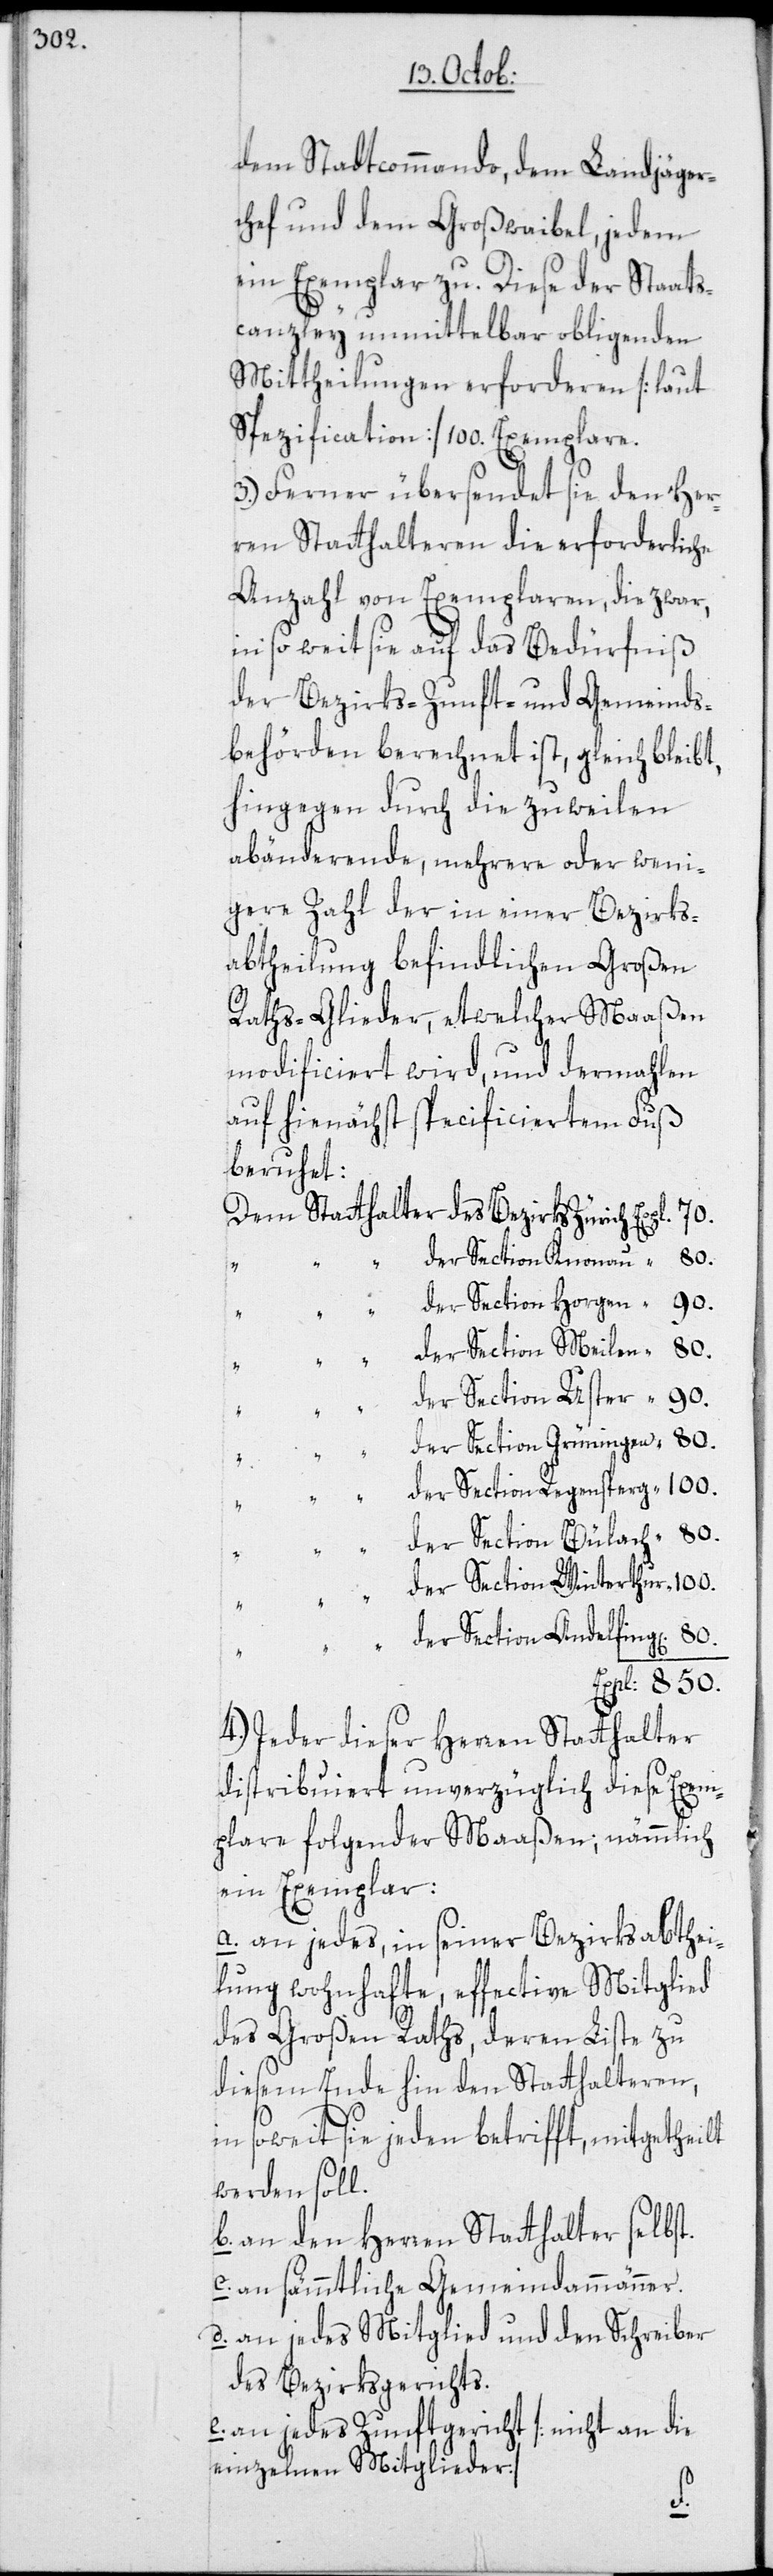
dem Stadtcommando, dem Landjäger¬
chef und dem Großwaibel, jedem
ein Exemplar zu. Diese der Staats¬
canzley unmittelbar obligenden
Mittheilungen erforderen [laut
Spezification] 100. Exemplare.
3.) Ferner übersendet sie den Her¬
ren Statthalteren die erforderliche
Anzahl von Exemplaren, die zwar,
in so weit sie auf das Bedürfniß
der Bezirks-[,] Zunft- und Gemeinds¬
behörden berechnet ist, gleich bleibt,
hingegen durch die zuweilen
abänderende, mehrere oder weni¬
gere Zahl der in einer Bezirks¬
abtheilung befindlichen Großen
Raths-Glieder, etwelcher Maaßen
modificiert wird, und dermahlen
auf hienächst specificiertem Fuß
beruhet:
der Section Knonau
der Section Horgen
“
der Section Meilen
der Section Uster
der Section Grüningen
der Section Regensperg
der Section Bülach
der Section Winterthur
der Section Andelfing[en]
4.) Jeder dieser Herren Statthalter
distribuiert unverzüglich diese Exem¬
plare folgender Maaßen; nämmlich
ein Exemplar:
a. an jedes, in seiner Bezirksabthei¬
lung wohnhafte, effective Mitglied
des Großen Raths, deren Liste zu
diesem Ende hin den Statthalteren,
in soweit sie jeden betrifft, mitgetheilt
werden soll.
b. an den Herren Statthalter selbst.
c. an sämmtliche Gemeindammänner.
d. an jedes Mitglied und den Schreiber
des Bezirksgerichts.
an jedes Zunftgericht [nicht an die
einzelnen Mitglieder.]